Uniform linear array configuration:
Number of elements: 64
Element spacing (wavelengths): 0.75
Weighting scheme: binomial
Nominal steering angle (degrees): -60
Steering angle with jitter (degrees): -61.971
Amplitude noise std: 0.05
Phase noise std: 0.05

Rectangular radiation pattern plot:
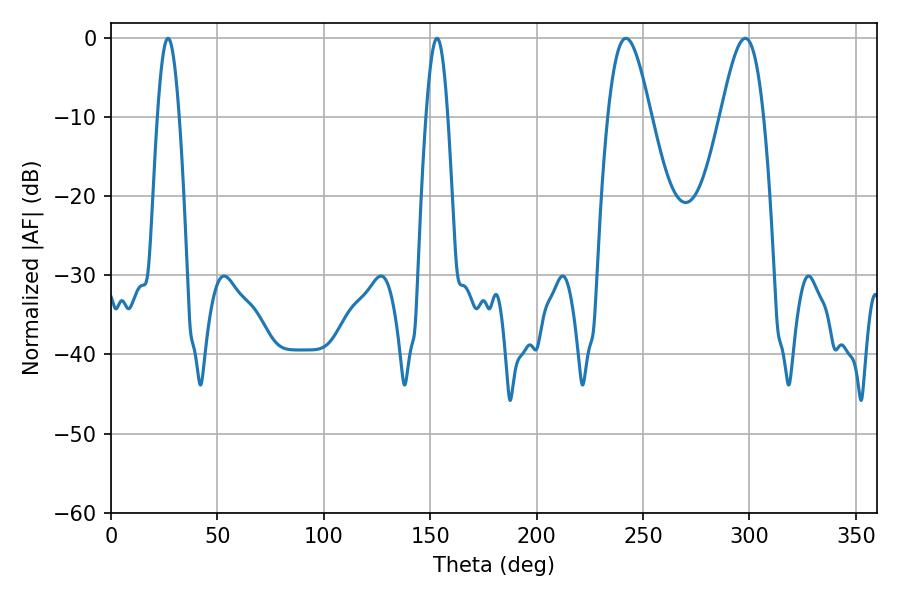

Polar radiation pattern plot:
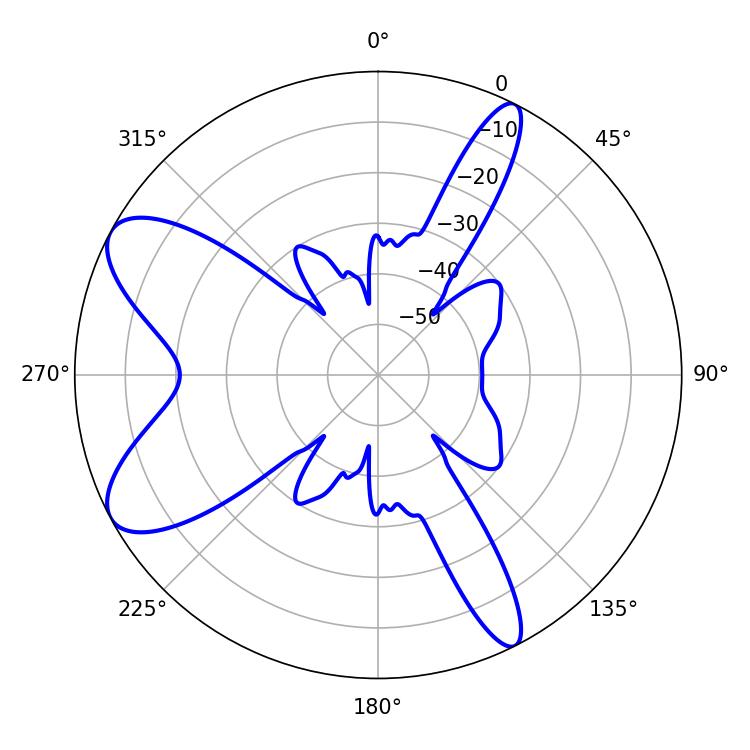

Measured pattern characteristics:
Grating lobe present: TRUE
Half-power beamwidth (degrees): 10.8
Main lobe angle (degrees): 241.92